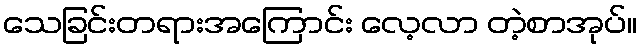
သေခြင်းတရားအကြောင်း လေ့လာ တဲ့စာအုပ်။